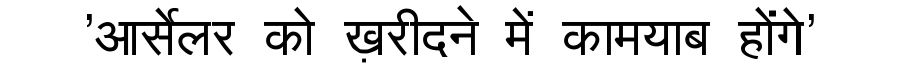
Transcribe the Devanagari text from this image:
'आर्सेलर को ख़रीदने में कामयाब होंगे'